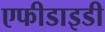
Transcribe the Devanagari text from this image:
एफीडाइडी